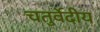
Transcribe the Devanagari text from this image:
चतुर्वेदीय